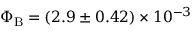
\Phi _ { \mathrm { B } } = ( 2 . 9 \pm 0 . 4 2 ) \times 1 0 ^ { - 3 }